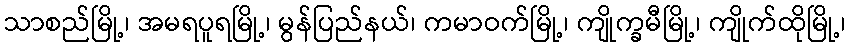
သာစည်မြို့၊ အမရပူရမြို့၊ မွန်ပြည်နယ်၊ ကမာဝက်မြို့၊ ကျိုက္ခမီမြို့၊ ကျိုက်ထိုမြို့၊